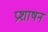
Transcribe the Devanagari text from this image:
प्रशाषन